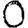
Digit: 0